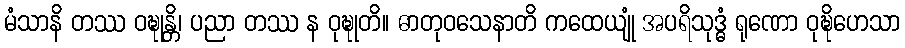
မံသာနိ တဿ ဝဍ္ဎုန္တိ၊ ပညာ တဿ န ဝုဍ္ဎုတိ။ ဓာတုဝသေနာတိ ကထေယျုံ အပရိသုဒ္ဓံ ရုဏော ဝုဍ္ဎိဟေသာ